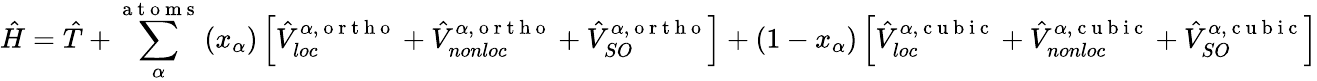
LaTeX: \hat{H}=\hat{T}+\sum_{\alpha}^{\mathrm{~a~t~o~m~s~}}\left(x_{\alpha}\right)\left[\hat{V}_{loc}^{\alpha,\mathrm{~o~r~t~h~o~}}+\hat{V}_{nonloc}^{\alpha,\mathrm{~o~r~t~h~o~}}+\hat{V}_{SO}^{\alpha,\mathrm{~o~r~t~h~o~}}\right]+\left(1-x_{\alpha}\right)\left[\hat{V}_{loc}^{\alpha,\mathrm{~c~u~b~i~c~}}+\hat{V}_{nonloc}^{\alpha,\mathrm{~c~u~b~i~c~}}+\hat{V}_{SO}^{\alpha,\mathrm{~c~u~b~i~c~}}\right]